Indian journal of veterinary science and animal husbandry - Volume 13,
Year: 1943
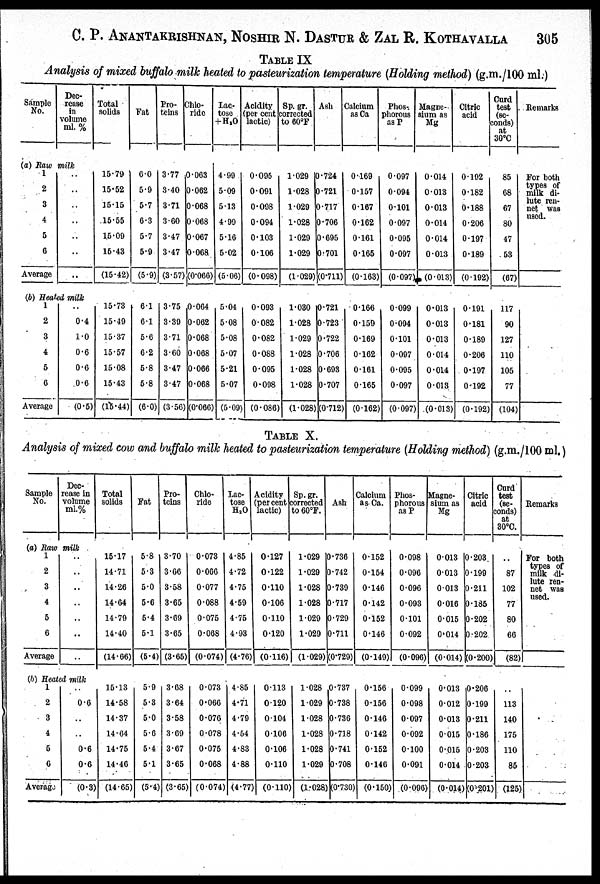
C. P. ANANTAKRISHNAN, NOSHIR N. DASTUR & ZAL R. KOTHAVALLA 305
TABLE IX
Analysis of mixed buffalo milk heated to pasteurization temperature (Holding method) (g.m./100 ml.)
Sample
No.
Dec-
rease
in
volume
ml. %
(a) Raw milk
1
2
3
4
5
6
Average
..
..
..
..
..
..
..
(b) Heated milk
1
2
3
4
5
6
Average
..
0.4
1.0
0.6
0.6
0.6
(0.5)
Total
solids
15.79
15.52
15.15
15.55
15.09
15.43
(15.42)
15.73
15.49
15.37
15.57
15.08
15.43
(15.44)
Fat
6.0
5.9
5.7
6.3
5.7
5.9
(5.9)
6.1
6.1
5.6
6.2
5.8
5.8
(6.0)
Pro-
teins
3.77
3.40
3.71
3.60
3.47
3.47
(3.57)
3.75
3.39
3.71
3.60
3.47
3.47
(3.56)
Chlo-
ride
0.063
0.062
0.068
0.068
0.067
0.068
(0.066)
0.064
0.062
0.068
0.068
0.066
0.068
(0.066)
Lac-
tose
+H 2 O
4.99
5.09
5.13
4.99
5.16
5.02
(5.06)
5.04
5.08
5.08
5.07
5.21
5.07
(5.09)
Acidity
(per cent
lactic)
0.095
0.091
0.098
0.094
0.103
0.106
(0.098)
0.093
0.082
0.082
0.088
0.095
0.098
(0.086)
Sp.gr.
corrected
to 60ºF
1.029
1.028
1.029
1.028
1.029
1.029
(1.029)
1.030
1.028
1.029
1.028
1.028
1.028
(1.028)
Ash
0.724
0.721
0.717
0.706
0.695
0.701
(0.711)
0.721
0.723
0.722
0.706
0.693
0.707
(0.712)
Calcium
as Ca
0.169
0.157
0.167
0.162
0.161
0.165
(0.163)
0.166
0.159
0.169
0.162
0.161
0.165
(0.162)
Phos-
phorous
as P
0.097
0.094
0.101
0.097
0.095
0.097
(0.097)
0.099
0 094
0.101
0.097
0.095
0.097
(0.097)
Magne-
sium as
Mg
0.014
0.013
0.013
0.014
0.014
0.013
(0.013)
0.013
0.013
0.013
0.014
0.014
0.013
(0.013)
Citric
acid
0.192
0.182
0.188
0.206
0.197
0.189
(0.192)
0.191
0.181
0.189
0.206
0.197
0.192
(0.192)
Curd
test
(se-
conds)
at
30ºC
85
68
67
80
47
53
(67)
117
90
127
110
105
77
(104)
Remarks
For both
types of
milk di-
lute ren-
net was
used.
TABLE X.
Analysis of mixed cow and buffalo milk heated to pasteurization temperature (Holding method) (g.m./100 ml.
Sample
No.
Dec-
rease in
volume
ml.%
(a) Raw milk
1
2
3
4
5
6
Average
..
..
..
..
..
..
..
(b) Heated milk
1
2
3
4
5
6
Average
..
0.6
..
..
0.6
0.6
(0.3)
Total
solids
15.17
14.71
14.26
14.64
14.79
14.40
(14.66)
15.13
14.58
14.37
14.64
14.75
14.46
(14.65)
Fat
5.8
5.3
5.0
5.6
5.4
5.1
(5.4)
5.9
5.3
5.0
5.6
5.4
5.1
(5.4)
Pro-
teins
3.70
3.66
3.58
3.65
3.69
3.65
(3.65)
3.68
3.64
3.58
3.69
3.67
3.65
(3.65)
Chlo-
ride
0.073
0.066
0.077
0.088
0.075
0.068
(0.074)
0.073
0.066
0.076
0.078
0.075
0.068
(0.074)
Lac-
tose
H 2 O
4.85
4.72
4.75
4.59
4.75
4.93
(4.76)
4.85
4.71
4.79
4.54
4.83
4.88
(4.77)
Acidity
(per cent
lactic)
0.127
0.122
0.110
0.106
0.110
0.120
(0.116)
0.113
0.120
0.104
0.106
0.106
0.110
(0.110)
Sp. gr.
corrected
to 60ºF.
1.029
1.029
1.028
1.028
1.029
1.029
(1.029)
1.028
1.029
1.028
1.028
1.028
1.029
(1.028)
Ash
0.736
0.742
0.739
0.717
0.729
0.711
(0.729)
0.737
0.738
0.736
0.718
0.741
0.708
(0.730)
Calcium
as Ca.
0.152
0.154
0.146
0.142
0.152
0.146
(0.149)
0.156
0.156
0.146
0.142
0.152
0.146
(0.150)
Phos-
phorous
as P
0.098
0.096
0.096
0.093
0.101
0.092
(0.096)
0.099
0.098
0.097
0.092
0.100
0.091
(0.096)
Magne-
sium as
Mg
0.013
0.013
0.013
0.016
0.015
0.014
(0.014)
0.013
0.012
0.013
0.015
0.015
0.014
(0.014)
Citric
acid
0.203
0.199
0.211
0.185
0.202
0.202
(0.200)
0.206
0.199
0.211
0.186
0.203
0.203
(0.201)
Curd
test
(se-
conds)
at
30ºC.
..
87
102
77
80
66
(82)
..
113
140
175
110
85
(125)
Remarks
For both
types of
milk di-
lute ren-
net was
used.